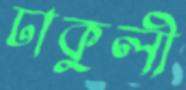
ঢাকুলী